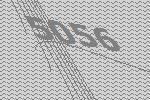
5056